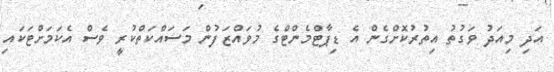
އަދި މިއަދު ވަގުތު އިތުރުކޮށްގެން އެ ޑިޕާޓްމެންޓްގެ މުވައްޒަފުން މަސައްކަތްކުރީ ވެސް އެކަމަށްޓަކައި